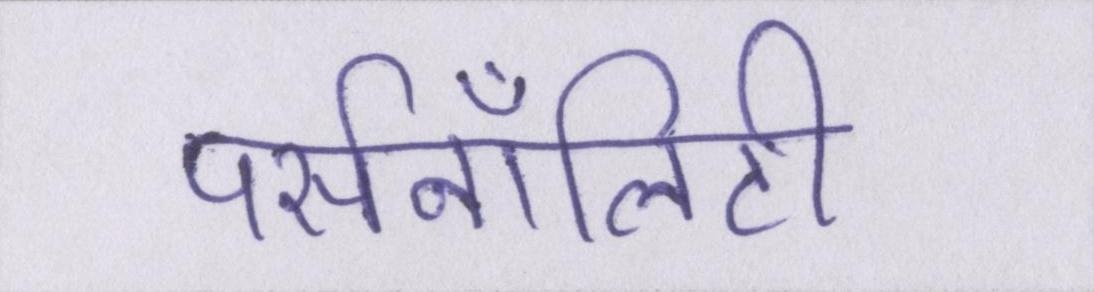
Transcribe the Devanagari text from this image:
पर्सनॉलिटी